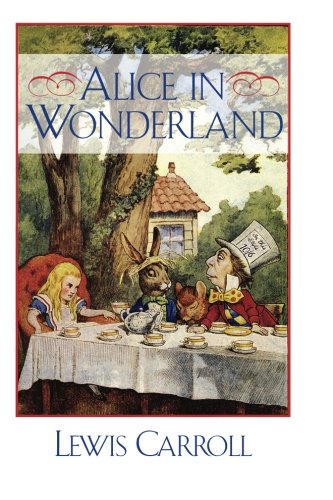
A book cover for Alice in Wonderland; Lewis Carroll; Comics & Graphic Novels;